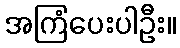
အကြံပေးပါဦး။